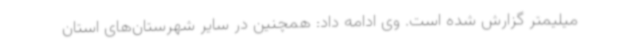
میلیمتر گزارش شده است. وی ادامه داد: همچنین در سایر شهرستان‌های استان